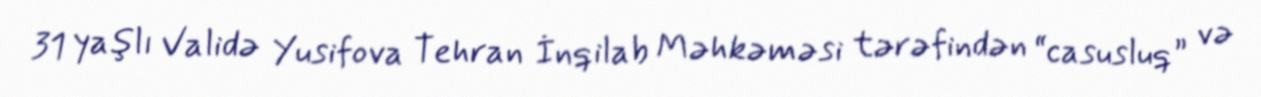
31 yaşlı Validə Yusifova Tehran İnqilab Məhkəməsi tərəfindən “casusluq” və